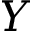
Y